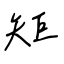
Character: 矩